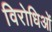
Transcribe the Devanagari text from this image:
विरोधिओं